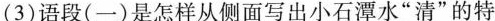
（3）语段（一）是怎样从侧面写出小石潭水“清”的特